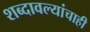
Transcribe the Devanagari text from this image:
शब्दावल्यांचाही